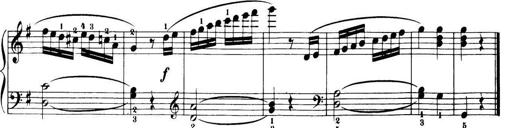
Title: 32 Sonatinas and Rondos for the Piano
Composer: Richard Kleinmichel